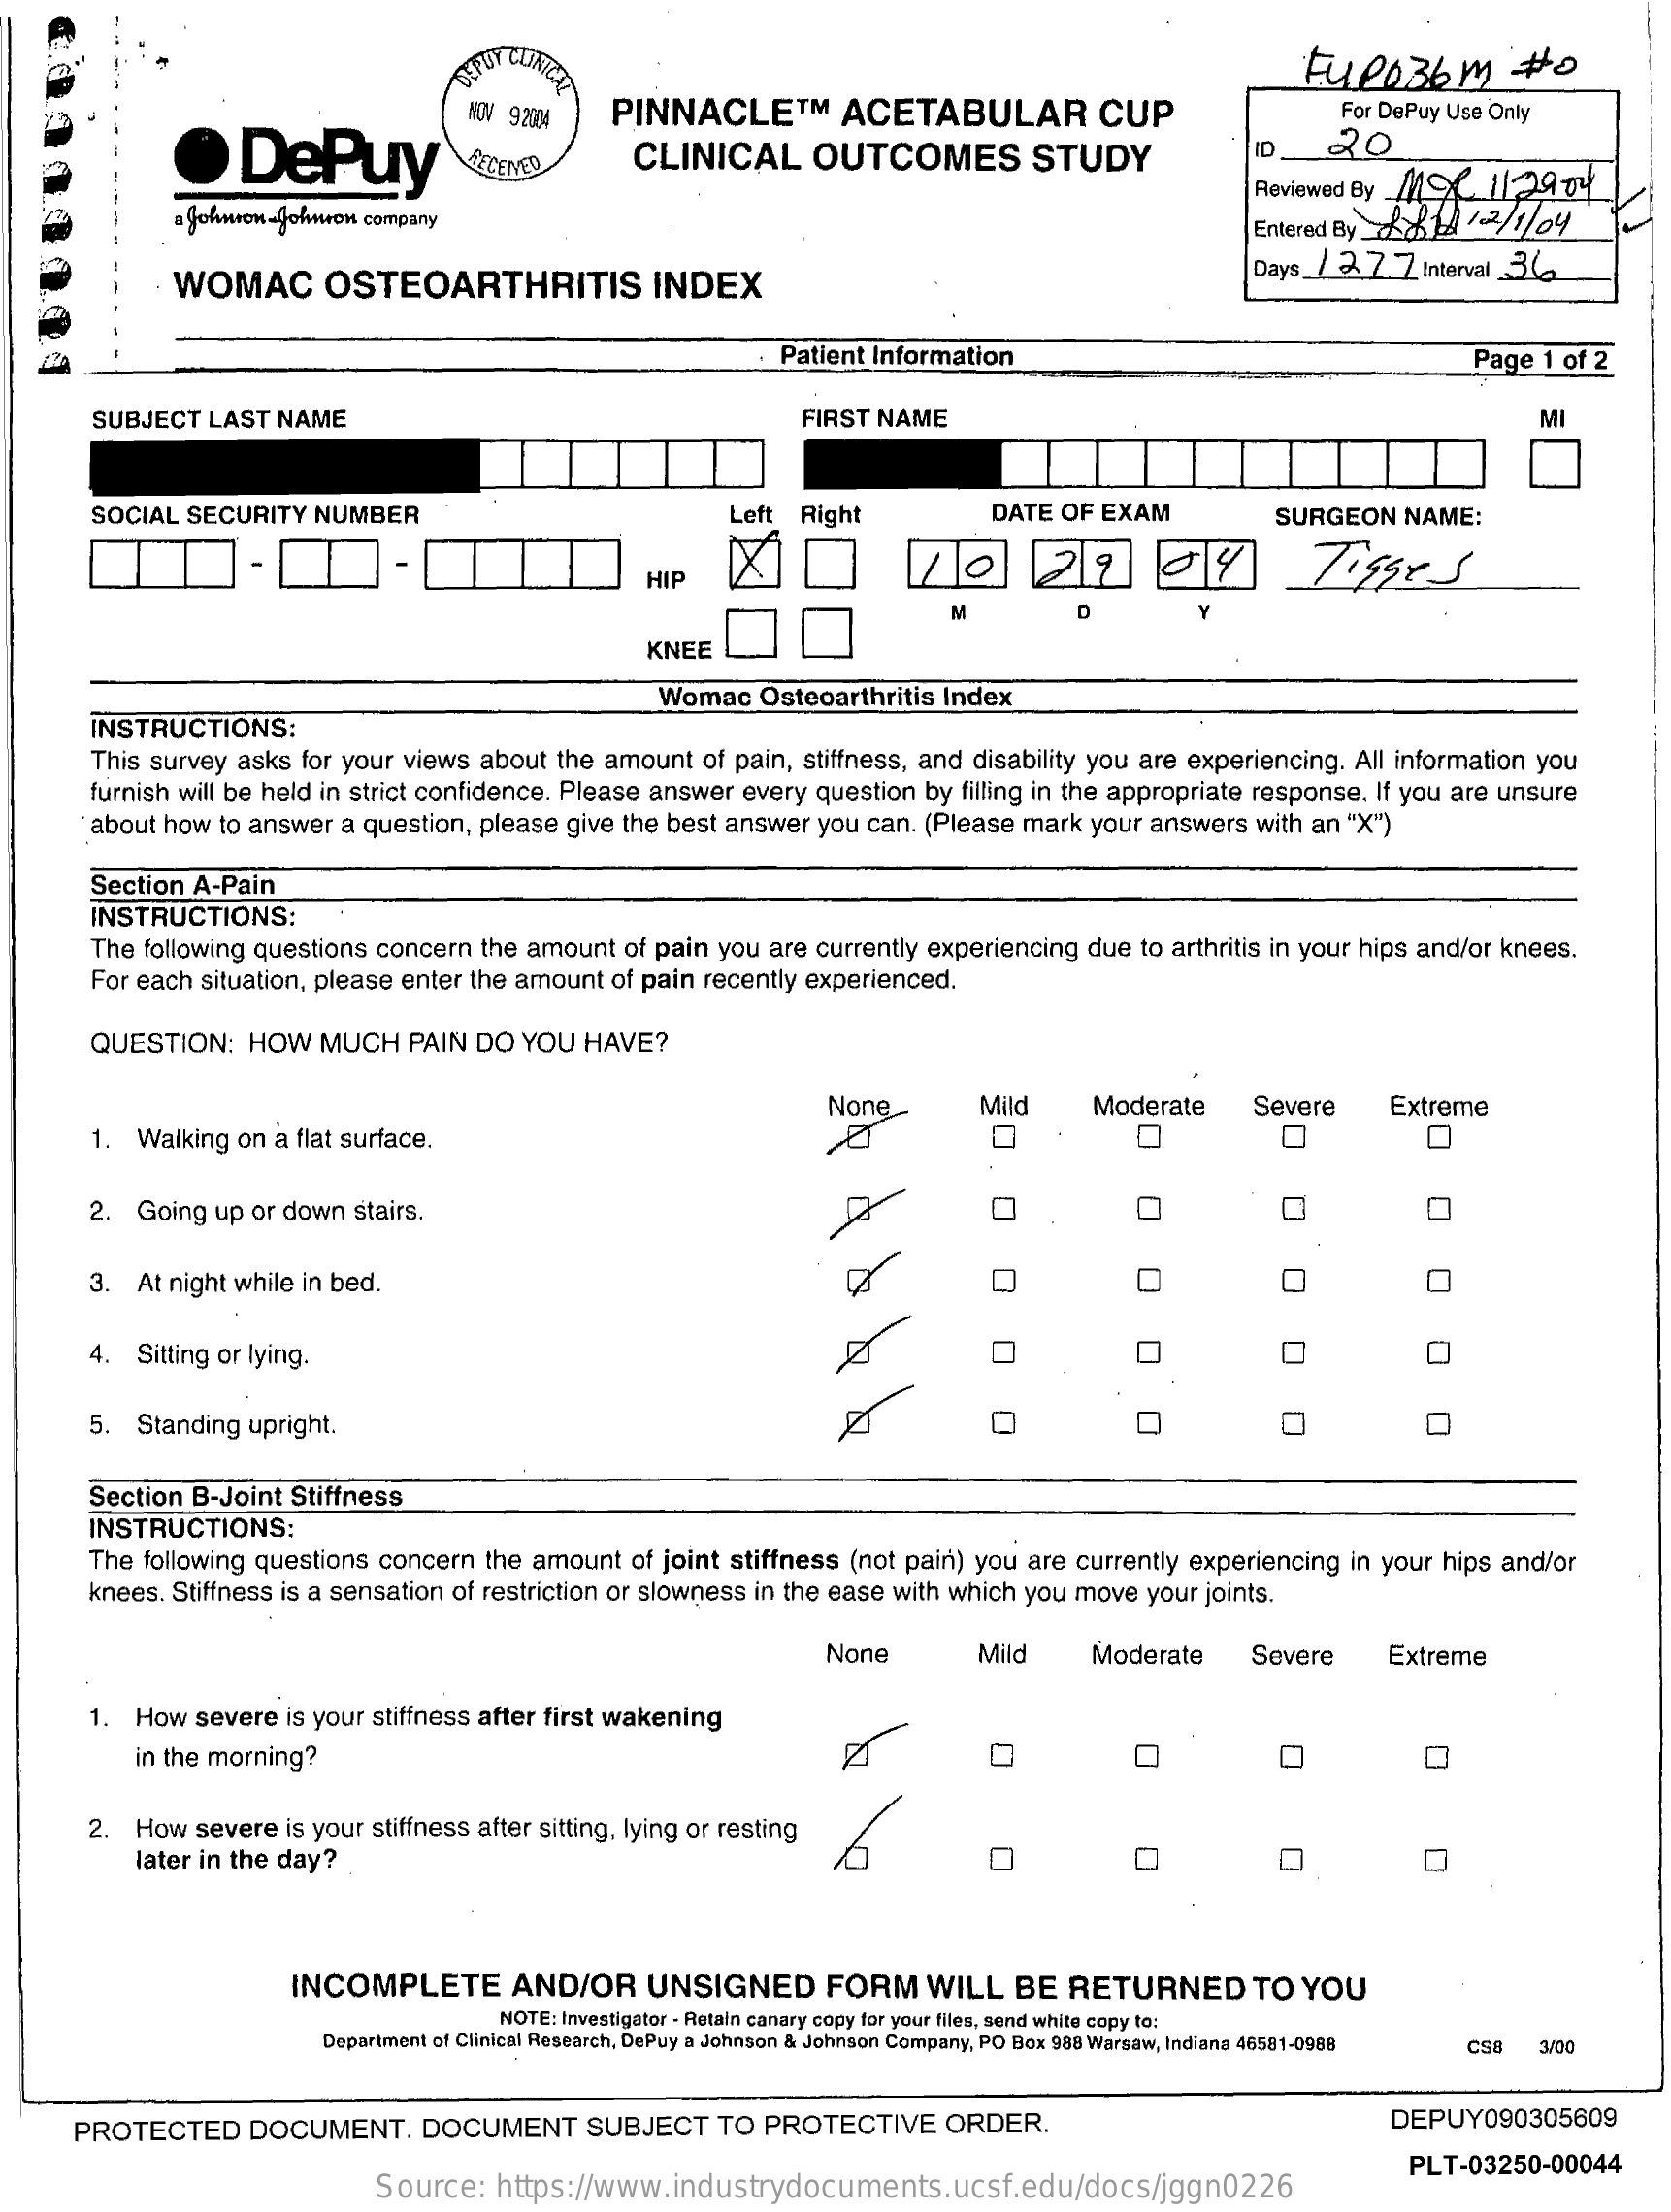
Fueo36m    #0
     ·   DePuy
     NOV 92004 PINNACLE    ™   ACETABULAR    CUP    For DePuy Use Only
     RECEIVED   CLINICAL    OUTCOMES    STUDY    ID    20
     Johnron-Johnwon company
     Reviewed By _MOC 1129  04
     Entered By 2 21 /2/7/04
     WOMAC    OSTEOARTHRITIS    INDEX    Days / 2. 7 7 Interval 36
     Patient Information    Page 1 of 2
     SUBJECT LAST NAME    FIRST NAME    MI
     SOCIAL SECURITY NUMBER    Left Right    DATE OF EXAM    SURGEON  NAME:
     HIP
     M
     KNEE
     Womac  Osteoarthritis Index
     INSTRUCTIONS:
     This survey asks for your views about the amount of pain, stiffness, and disability you are experiencing. All information you
     furnish will be held in strict confidence. Please answer every question by filling in the appropriate response. If you are unsure
     about how to answer a question, please give the best answer you can. (Please mark your answers with an "X")
     Section A-Pain
     INSTRUCTIONS:
     The following questions concern the amount of pain you are currently experiencing due to arthritis in your hips and/or knees.
     For each situation, please enter the amount of pain recently experienced.
     QUESTION:  HOW  MUCH   PAIN DO YOU  HAVE?
     None
     1. Walking on a flat surface.
     Mild    Moderate    Severe    Extreme
     O
     0
     2. Going up or down stairs.
     3. At night while in bed.    0    O    0
     4. Sitting or lying.    O    O    O
     5. Standing upright.    0    O
     Section B-Joint Stiffness
     INSTRUCTIONS:
     The following questions concern the amount of joint stiffness (not pain) you are currently experiencing in your hips and/or
     knees. Stiffness is a sensation of restriction or slowness in the ease with which you move your joints.
     None    Mild    Moderate    Severe    Extreme
     1. How severe is your stiffness after first wakening
     in the morning?
     2. How severe is your stiffness after sitting, lying or resting
     later in the day?    0
     INCOMPLETE    AND/OR    UNSIGNED    FORM    WILL  BE  RETURNED    TO  YOU
     NOTE: Investigator - Retain canary copy for your files, send white copy to:
     Department of Clinical Research, DePuy a Johnson & Johnson Company, PO Box 988 Warsaw, Indiana 46581-0968 CS8 3/00
     PROTECTED    DOCUMENT.    DOCUMENT    SUBJECT   TO PROTECTIVE   ORDER.    DEPUY090305609
     Source:  https://www.industrydocuments.ucsf.edu/docs/jggn0226
     PLT-03250-00044